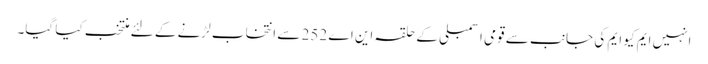
انہیں ایم کیو ایم کی جانب سے قومی اسمبلی کے حلقہ این اے 252 سے انتخاب لڑنے کے لئے منتخب کیا گیا۔